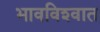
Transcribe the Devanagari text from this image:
भावविश्‍वात